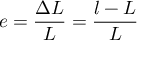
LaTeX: \ e = { \frac { \Delta L } { L } } = { \frac { l - L } { L } }